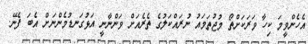
އެހެންވީމަ ކިހާ ވަރަކަށްތޯ މުޖުތަމައު ނުރައްކަލުގެ ތެރެއަށް ވަންނާނީ އަޅުގަނޑުމެންނަށް އެބަ ފެނޭ.